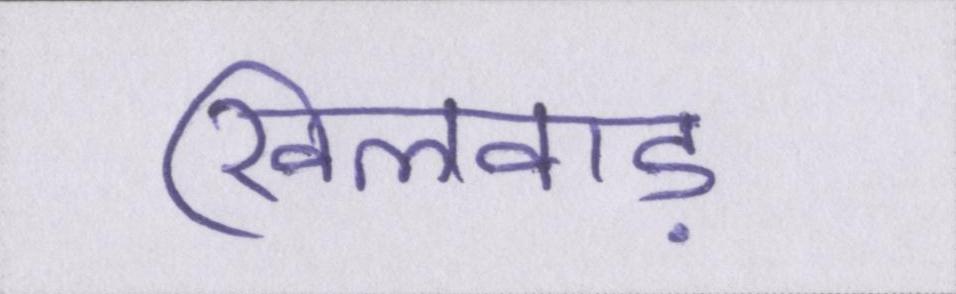
खिलवाड़